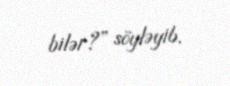
bilər?” söyləyib.